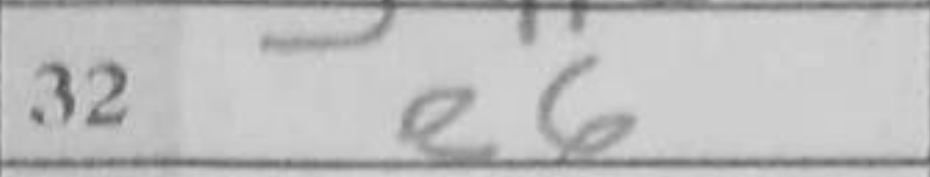
Transcription: e6